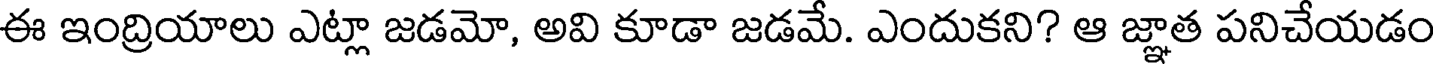
ఈ ఇంద్రియాలు ఎట్లా జడమో, అవి కూడా జడమే. ఎందుకని? ఆ జ్ఞాత పనిచేయడం